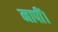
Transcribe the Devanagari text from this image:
नापीं।